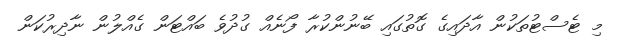
މި ޓެސްޓުތަކުން އާދައިގެ ގޮތުުގައި ބޭނުންކުރާ ފޯނެއް ގުދުވެ ބައްޓަން ގެއްލުން ނާދިރުކަން